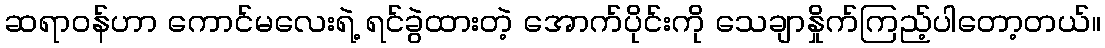
ဆရာဝန်ဟာ ကောင်မလေးရဲ့ ရင်ခွဲထားတဲ့ အောက်ပိုင်းကို သေချာနှိုက်ကြည့်ပါတော့တယ်။